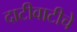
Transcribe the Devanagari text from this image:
दाटीवाटीचे